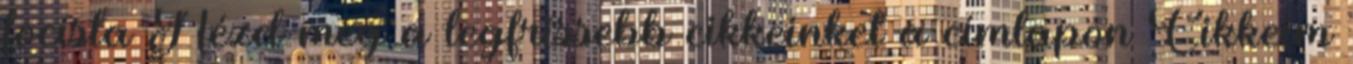
focista Nézd meg a legfrissebb cikkeinket a címlapon Cikkeim